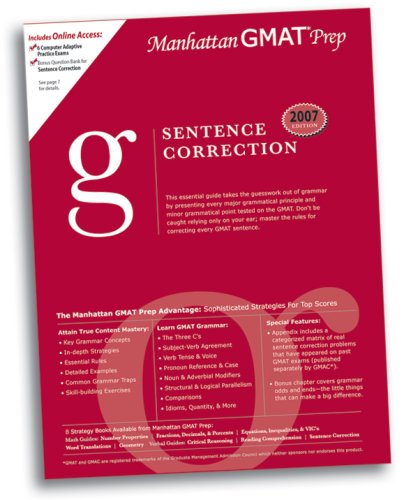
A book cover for Sentence Correction GMAT Preparation Guide (Manhattan GMAT Preparation Guide: Sentence Correction); Manhattan GMAT Prep; Test Preparation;